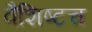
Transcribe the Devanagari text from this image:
वैशिष्टच